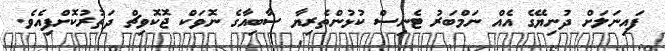
ފައިނަލަށް ދުނިޔޭގެ އެއް ނަމްބަރު ޓެނިސް ކުޅުންތެރިޔާ ސާބިއާގެ ނޮވަކް ޖޮކޮވިޗް ދަތުރުކޮށްފިއެވެ.